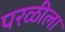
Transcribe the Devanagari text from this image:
परळीला